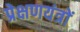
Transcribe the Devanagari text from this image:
प्रेक्षणयंत्रों